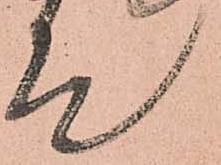
て